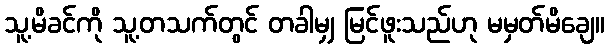
သူ့မိခင်ကို သူ့တသက်တွင် တခါမျှ မြင်ဖူးသည်ဟု မမှတ်မိချေ။